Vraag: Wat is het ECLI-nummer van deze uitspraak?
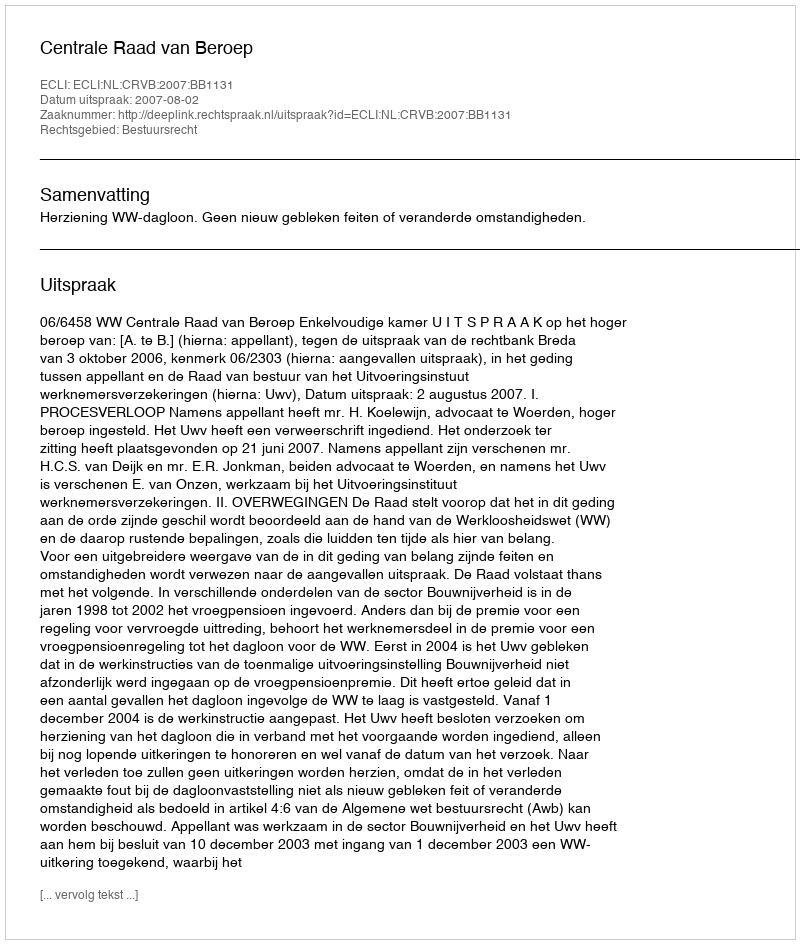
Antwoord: ECLI:NL:CRVB:2007:BB1131